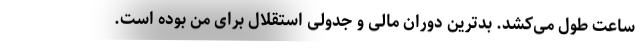
ساعت طول می‌کشد. بدترین دوران مالی و جدولی استقلال برای من بوده است.